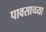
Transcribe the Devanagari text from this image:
पावसाच्घ्या